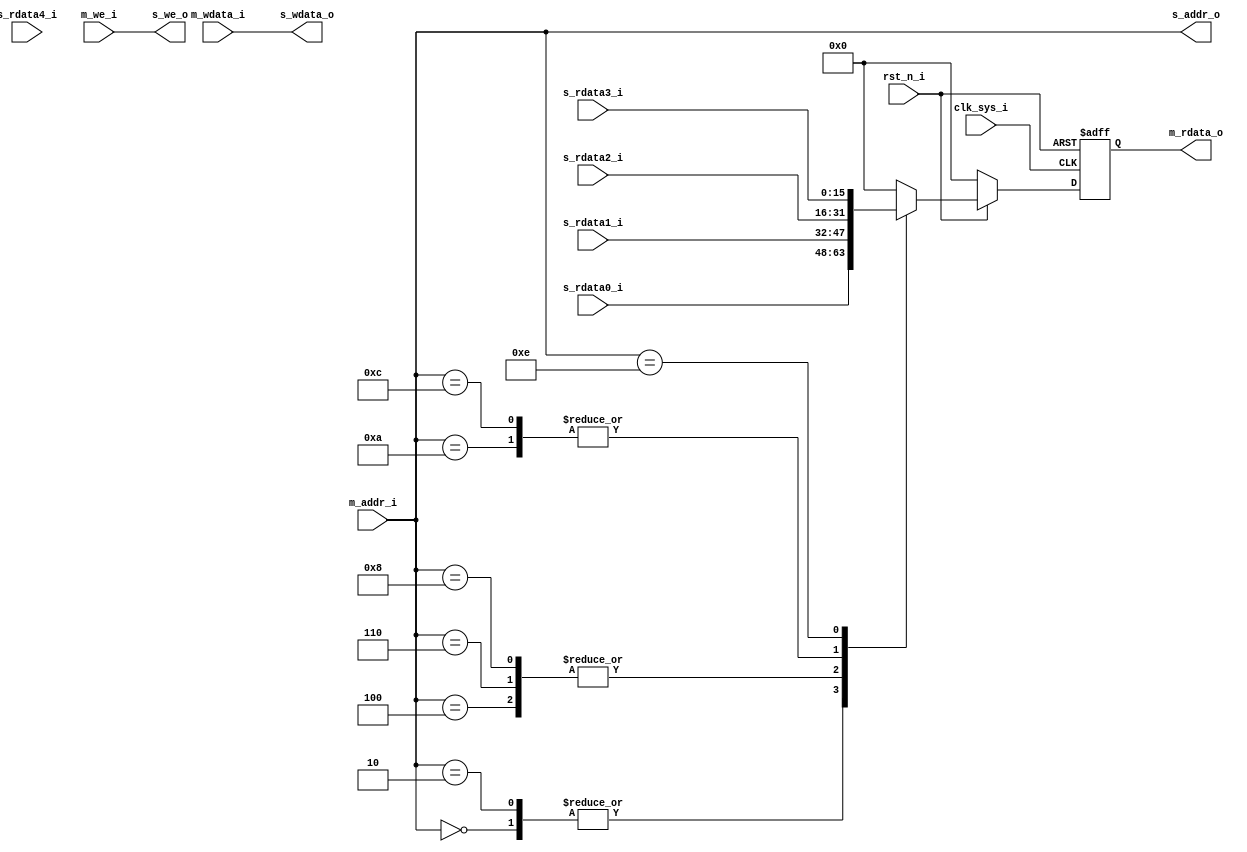
module mm_con(
// Global Clock and Reset
clk_sys_i,
rst_n_i,

// Memory Mapped Bus Master Interface
m_addr_i,
m_wdata_i,
m_rdata_o,
m_we_i,

// Memory Mapped Bus Slave Interface
s_addr_o,
s_wdata_o,
s_rdata0_i,
s_rdata1_i,
s_rdata2_i,
s_rdata3_i,
s_rdata4_i,
s_we_o
);

/***************************************************
 Memory Mapped Bus Interconnection Parameters
***************************************************/
parameter MM_ADDR_WIDTH = 8;
parameter MM_DATA_WIDTH = 16;
// S0: Product Test
parameter REG_ADDR_PID = 'h00;
parameter REG_ADDR_TST = 'h02;
// S1: Interrupt Controller
parameter REG_ADDR_INT_PND = 'h04;
parameter REG_ADDR_INT_CLR = 'h06;
parameter REG_ADDR_INT_MSK = 'h08;
// S2: System WDT
parameter REG_ADDR_SWDT_CTRL = 'h0A;
parameter REG_ADDR_SWDT_VAL = 'h0C;
// S3: LED Controller
parameter REG_ADDR_LED_CTRL = 'h0E;
// S4: TBD.


/***************************************************
 Declaration of IO Ports and Variable
***************************************************/
//---------- Global Clock and Reset -----------
input clk_sys_i, rst_n_i;

//---------- Master Interface Signals -----------
// Address and Data Bus
input[MM_ADDR_WIDTH-1:0] m_addr_i;
input[MM_DATA_WIDTH-1:0] m_wdata_i;
output[MM_DATA_WIDTH-1:0] m_rdata_o;
// Bus Control
input m_we_i;

//---------- Slave Interface Signals -----------
// Address and Data Bus
output[MM_ADDR_WIDTH-1:0] s_addr_o;
output[MM_DATA_WIDTH-1:0] s_wdata_o;
input[MM_DATA_WIDTH-1:0] s_rdata0_i, s_rdata1_i, s_rdata2_i, s_rdata3_i, s_rdata4_i;
// Bus Control
output s_we_o;

wire[MM_ADDR_WIDTH-1:0] m_addr_i;
wire[MM_DATA_WIDTH-1:0] m_wdata_i;
reg[MM_DATA_WIDTH-1:0] m_rdata_o;
wire m_we_i;
wire[MM_ADDR_WIDTH-1:0] s_addr_o;
wire[MM_DATA_WIDTH-1:0] s_wdata_o;
wire[MM_DATA_WIDTH-1:0] s_rdata0_i, s_rdata1_i, s_rdata2_i, s_rdata3_i, s_rdata4_i;
wire s_we_o;

reg[MM_DATA_WIDTH-1:0] rdata_buff;

/***************************************************
 MM Interconnection Functions
***************************************************/
// rdata bus switch
always @(m_addr_i, s_rdata0_i, s_rdata1_i, s_rdata2_i, s_rdata3_i, s_rdata4_i, rst_n_i)
begin
	if(!rst_n_i) begin
		rdata_buff <= 0;
	end
	else begin
		case(m_addr_i)		
			// S0: Product Test
			REG_ADDR_PID:
				rdata_buff <= s_rdata0_i;
			REG_ADDR_TST:
				rdata_buff <= s_rdata0_i;
				
			// S1: Interrupt Controller
			REG_ADDR_INT_PND:
				rdata_buff <= s_rdata1_i;
			REG_ADDR_INT_CLR:
				rdata_buff <= s_rdata1_i;
			REG_ADDR_INT_MSK:
				rdata_buff <= s_rdata1_i;
				
			// S2: System WDT
			REG_ADDR_SWDT_CTRL:
				rdata_buff <= s_rdata2_i;
			REG_ADDR_SWDT_VAL:
				rdata_buff <= s_rdata2_i;
				
			// S3: LED Controller
			REG_ADDR_LED_CTRL:
				rdata_buff <= s_rdata3_i;
			
			default:
				rdata_buff <= 0;
		endcase
	end
end


// Read Data Buffer
always @(posedge clk_sys_i, negedge rst_n_i)
begin
	if(!rst_n_i) begin
		m_rdata_o <= 0;
	end
	else begin
		m_rdata_o <= rdata_buff;
	end
end

/***************************************************
 Wire Connections
***************************************************/
assign s_addr_o[MM_ADDR_WIDTH-1:0] = m_addr_i[MM_ADDR_WIDTH-1:0];
assign s_wdata_o[MM_DATA_WIDTH-1:0] = m_wdata_i[MM_DATA_WIDTH-1:0];
assign s_we_o = m_we_i;

endmodule